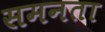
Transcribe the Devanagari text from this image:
समनता